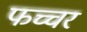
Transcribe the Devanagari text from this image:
फच्चर